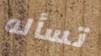
تسأله